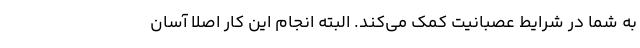
به شما در شرایط عصبانیت کمک می‌کند. البته انجام این کار اصلاً آسان